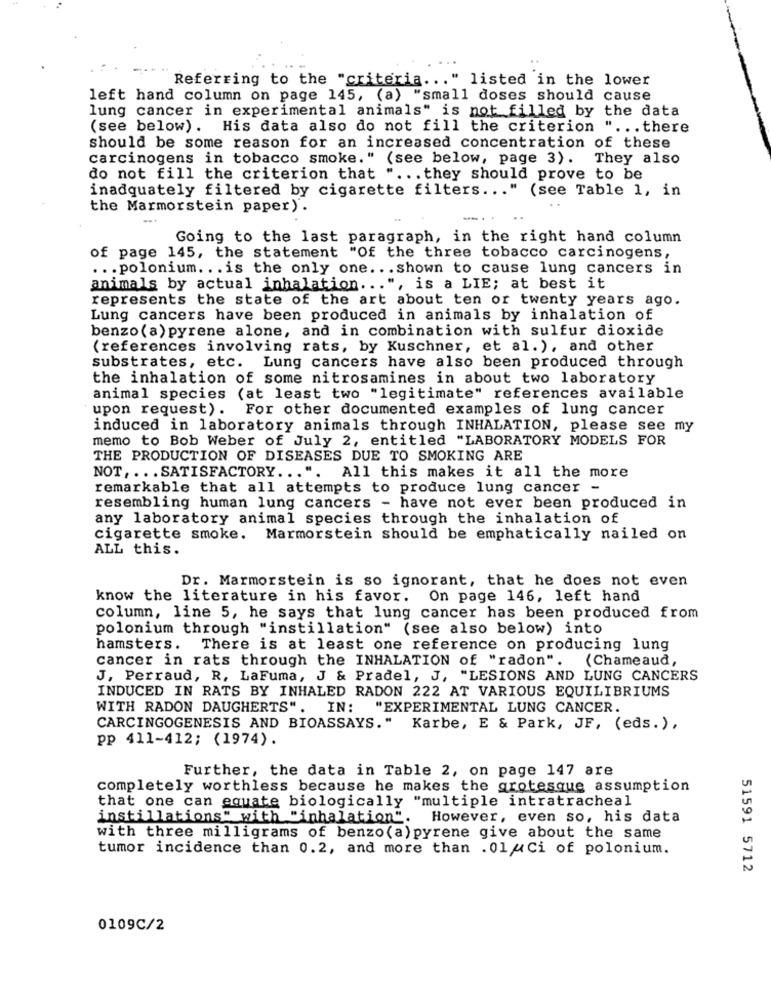
Referring to the "criteria ... " listed in the lower
left hand column on page 145, (a) "small doses should cause
lung cancer in experimental animals" is not filled by the data
(see below). His data also do not fill the criterion " ... there
should be some reason for an increased concentration of these
carcinogens in tobacco smoke." (see below, page 3). They also
do not fill the criterion that " ... they should prove to be
inadquately filtered by cigarette filters ... " (see Table 1, in
the Marmorstein paper) .
-.
Going to the last paragraph, in the right hand column
of page 145, the statement "Of the three tobacco carcinogens,
... polonium. . . is the only one. . . shown to cause lung cancers in
animals by actual inhalation ... ", is a LIE; at best it
represents the state of the art about ten or twenty years ago.
Lung cancers have been produced in animals by inhalation of
benzo (a) pyrene alone, and in combination with sulfur dioxide
(references involving rats, by Kuschner, et al. ), and other
substrates, etc. Lung cancers have also been produced through
the inhalation of some nitrosamines in about two laboratory
animal species (at least two "legitimate" references available
upon request). For other documented examples of lung cancer
induced in laboratory animals through INHALATION, please see my
memo to Bob Weber of July 2, entitled "LABORATORY MODELS FOR
THE PRODUCTION OF DISEASES DUE TO SMOKING ARE
NOT ,... SATISFACTORY ... ". All this makes it all the more
remarkable that all attempts to produce lung cancer -
resembling human lung cancers - have not ever been produced in
any laboratory animal species through the inhalation of
cigarette smoke. Marmorstein should be emphatically nailed on
ALL this.
Dr. Marmorstein is so ignorant, that he does not even
know the literature in his favor.
On page 146, left hand
column, line 5, he says that lung cancer has been produced from
polonium through "instillation" (see also below) into
hamsters. There is at least one reference on producing lung
cancer in rats through the INHALATION of "radon". (Chameaud,
J, Perraud, R, LaFuma, J & Pradel, J, "LESIONS AND LUNG CANCERS
INDUCED IN RATS BY INHALED RADON 222 AT VARIOUS EQUILIBRIUMS
WITH RADON DAUGHERTS".
IN:
"EXPERIMENTAL LUNG CANCER.
CARCINGOGENESIS AND BIOASSAYS."
Karbe, E & Park, JF, (eds. ),
pp 411-412; (1974).
Further, the data in Table 2, on page 147 are
completely worthless because he makes the grotesque assumption
that one can equate biologically "multiple intratracheal
instillations" with "inhalation". However, even so, his data
with three milligrams of benzo(a) pyrene give about the same
tumor incidence than 0.2, and more than . 01 Ci of polonium.
51591 5712
0109C/2